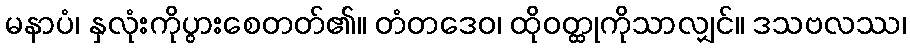
မနာပံ၊ နှလုံးကိုပွားစေတတ်၏။ တံတဒေဝ၊ ထိုဝတ္ထုကိုသာလျှင်။ ဒသဗလဿ၊